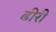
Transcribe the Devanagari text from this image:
ढीरी